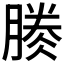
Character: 𣎎